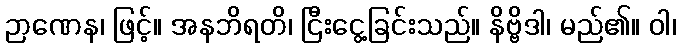
ဉာဏေန၊ ဖြင့်။ အနဘိရတိ၊ ငြီးငွေ့ခြင်းသည်။ နိဗ္ဗိဒါ၊ မည်၏။ ဝါ၊